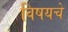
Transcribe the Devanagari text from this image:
विषयचे